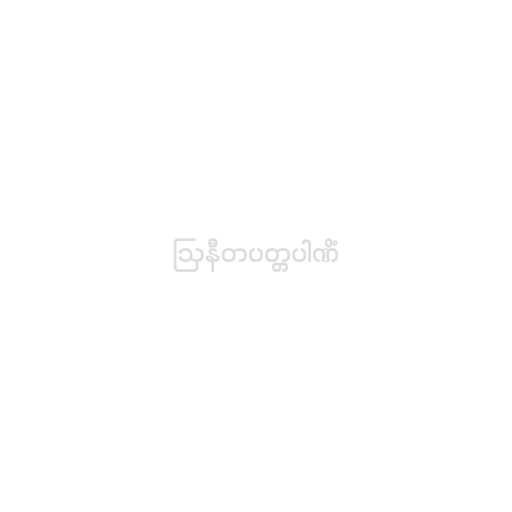
ဩနီတပတ္တပါဏိံ